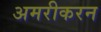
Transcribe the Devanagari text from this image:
अमरीकरन